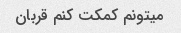
میتونم کمکت کنم قربان